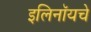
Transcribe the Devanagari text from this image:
इलिनॉयचे